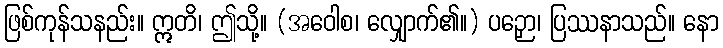
ဖြစ်ကုန်သနည်း။ ဣတိ၊ ဤသို့။ (အဝေါစ၊ လျှောက်၏။) ပဉှော၊ ပြဿနာသည်။ နော